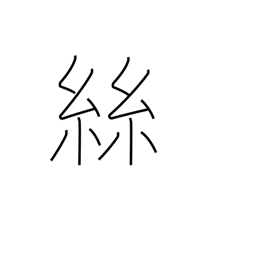
Meaning: thread